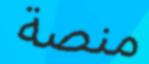
منصة